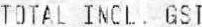
TOTAL INCL. GST